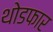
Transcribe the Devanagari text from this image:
थोडफार